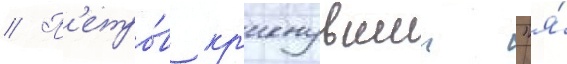
// П'етро́в кр'икнувшии "я́